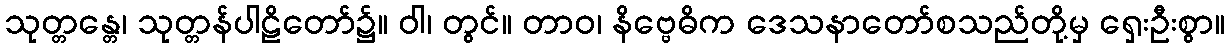
သုတ္တန္တေ၊ သုတ္တန်ပါဠိတော်၌။ ဝါ၊ တွင်။ တာဝ၊ နိဗ္ဗေဓိက ဒေသနာတော်စသည်တို့မှ ရှေးဦးစွာ။